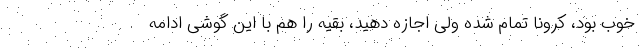
خوب بود، کرونا تمام شده ولی اجازه دهید، بقیه را هم با این گوشی ادامه